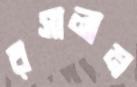
রসালাম